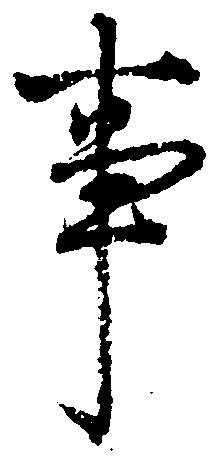
事